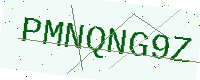
Text: PMNQNG9Z